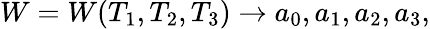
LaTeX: W=W(T_{1},T_{2},T_{3})\rightarrow a_{0},a_{1},a_{2},a_{3},